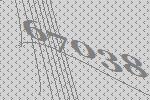
67038